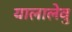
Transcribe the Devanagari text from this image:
यालालेवु